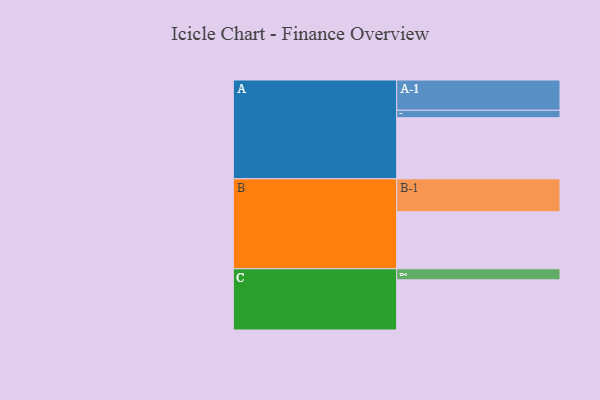
{"axis": {"x": "Segment", "y": "Value"}, "legend": ["", "A", "B", "C"], "data": [{"x": "A", "y": 535, "type": ""}, {"x": "B", "y": 499, "type": ""}, {"x": "C", "y": 439, "type": ""}, {"x": "A-1", "y": 265, "type": "A"}, {"x": "A-2", "y": 65, "type": "A"}, {"x": "B-1", "y": 288, "type": "B"}, {"x": "C-1", "y": 97, "type": "C"}]}